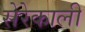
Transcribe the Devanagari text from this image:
सेरेकाली